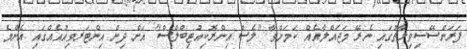
ފަރަންސޭސިވިލާތުގައި ނެރޭ މަޖައްލާއެއް ކަމަށްވާ "ލެސް އިންރޮކިއުޓިބްލްސް" އަށް ދިން އިންޓަރވިއުއެއްގައި އެންމެ